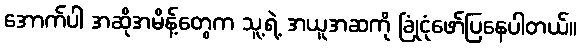
အောက်ပါ အဆိုအမိန့်တွေက သူ့ရဲ့ အယူအဆကို ခြုံငုံဖော်ပြနေပါတယ်။